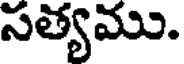
సత్యము.